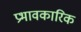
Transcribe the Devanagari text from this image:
प्रभावकारिक